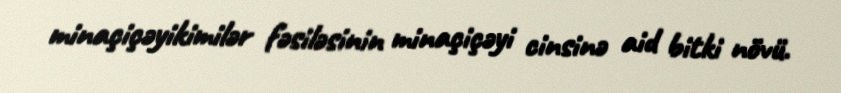
minaçiçəyikimilər fəsiləsinin minaçiçəyi cinsinə aid bitki növü.